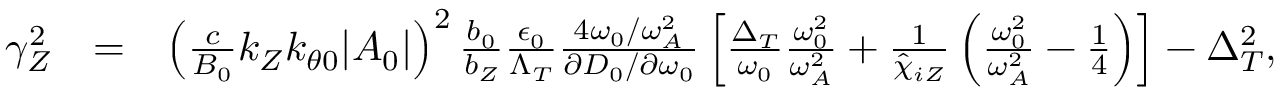
\begin{array} { r l r } { \gamma _ { Z } ^ { 2 } } & { = } & { \left( \frac { c } { B _ { 0 } } k _ { Z } k _ { \theta 0 } \lvert A _ { 0 } \rvert \right) ^ { 2 } \frac { b _ { 0 } } { b _ { Z } } \frac { \epsilon _ { 0 } } { \Lambda _ { T } } \frac { 4 \omega _ { 0 } / \omega _ { A } ^ { 2 } } { \partial D _ { 0 } / \partial \omega _ { 0 } } \left[ \frac { \Delta _ { T } } { \omega _ { 0 } } \frac { \omega _ { 0 } ^ { 2 } } { \omega _ { A } ^ { 2 } } + \frac { 1 } { \hat { \chi } _ { i Z } } \left( \frac { \omega _ { 0 } ^ { 2 } } { \omega _ { A } ^ { 2 } } - \frac { 1 } { 4 } \right) \right] - \Delta _ { T } ^ { 2 } , } \\ & { } & \end{array}